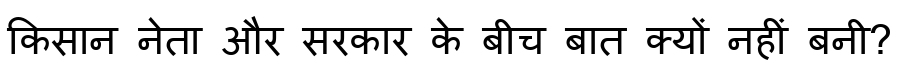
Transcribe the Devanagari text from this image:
किसान नेता और सरकार के बीच बात क्यों नहीं बनी?